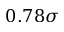
0 . 7 8 \sigma